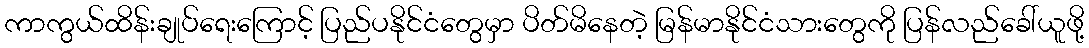
ကာကွယ်ထိန်းချုပ်ရေးကြောင့် ပြည်ပနိုင်ငံတွေမှာ ပိတ်မိနေတဲ့ မြန်မာနိုင်ငံသားတွေကို ပြန်လည်ခေါ်ယူဖို့